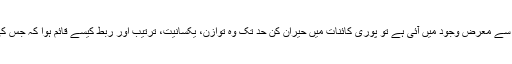
اگر ہماری کائنات ایک بہت بڑے دھماکے سے معرض وجود میں آئی ہے تو پوری کائنات میں حیران کن حد تک وہ توازن، یکسانیت، ترتیب اور ربط کیسے قائم ہوا کہ جس کی وجہ سے پہلے ہائیڈروجن اور ہیلیئم بنے۔